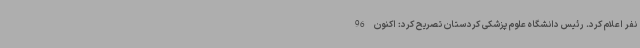
نفر اعلام کرد. رئیس دانشگاه علوم پزشکی کردستان تصریح کرد: اکنون 96